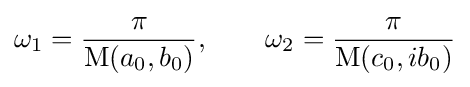
\omega _{1}={\frac {\pi }{\operatorname {M} (a_{0},b_{0})}},\qquad \omega _{2}={\frac {\pi }{\operatorname {M} (c_{0},ib_{0})}}